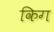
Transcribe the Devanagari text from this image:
किग